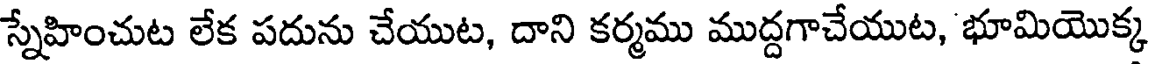
స్నేహించుట లేక పదును చేయుట, దాని కర్మము ముద్దగాచేయుట, భూమియొక్క